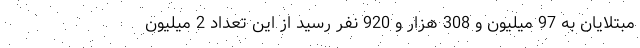
مبتلایان به 97 میلیون و 308 هزار و 920 نفر رسید از این تعداد 2 میلیون